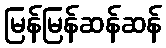
မြန်မြန်ဆန်ဆန်